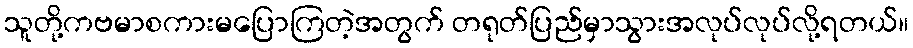
သူတို့ကဗမာစကားမပြောကြတဲ့အတွက် တရုတ်ပြည်မှာသွားအလုပ်လုပ်လို့ရတယ်။